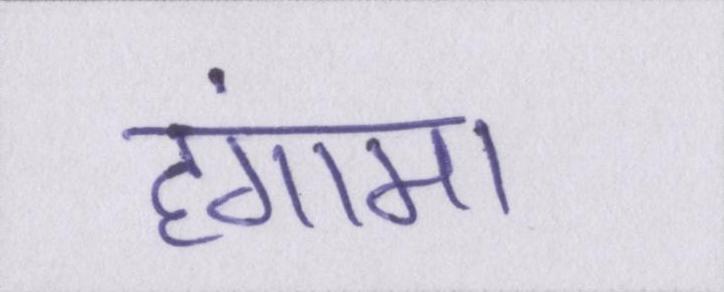
हंगामा